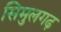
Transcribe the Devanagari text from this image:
सिमुलगढ़